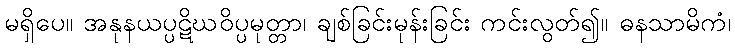
မရှိပေ။ အနုနယပ္ပဋိဃဝိပ္ပမုတ္တာ၊ ချစ်ခြင်းမုန်းခြင်း ကင်းလွတ်၍။ ဓနသာမိကံ၊